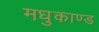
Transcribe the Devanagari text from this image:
मधुकाण्ड